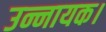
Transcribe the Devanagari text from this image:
उन्नायक।